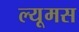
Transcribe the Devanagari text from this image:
ल्यूमस